Scottish Leaving Certificate Examination, 1957
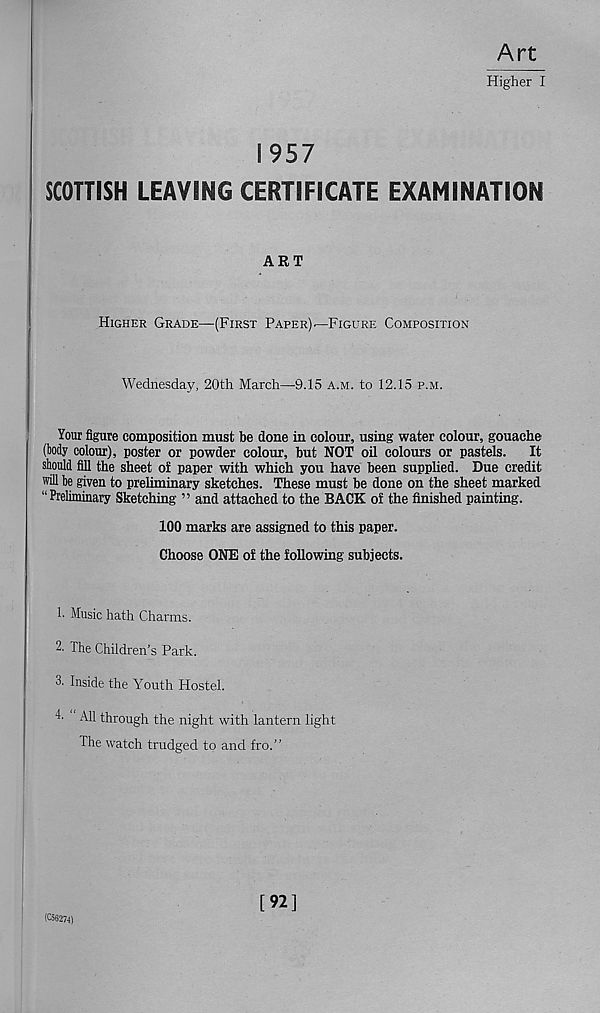
Art
Higher I
1957
SCOTTISH LEAVING CERTIFICATE EXAMINATION
ART
Higher Grade—(First Paper) ^Figure Composition
Wednesday, 20th March—9.15 a.m. to 12.15 p.m.
Your figure composition must be done in colour, using water colour, gouache
(body colour), poster or powder colour, but NOT oil colours or pastels. It
should fill the sheet ol paper with which you have been supplied. Due credit
will be given to preliminary sketches. These must be done on the sheet marked
“Preliminary Sketching ” and attached to the BACK of the finished painting.
100 marks are assigned to this paper.
Choose ONE of the following subjects.
1. Music hath Charms.
2. The Children's Park.
3. Inside the Youth Hostel.
1 All through the night with lantern light
The watch trudged to and fro.”
(C56274)
[92]